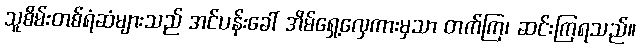
သူစိမ်းတစ်ရံဆံများသည် အင်ပန်းခေါ် အိမ်ရှေ့လှေကားမှသာ တက်ကြ၊ ဆင်းကြရသည်။